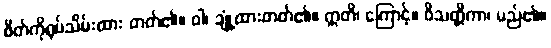
စိတ်ကိုရုပ်သိမ်းထား တတ်၏။ ဝါ၊ ချုံ့ထားတတ်၏။ ဣတိ၊ ကြောင့်။ ဝိသတ္တိကာ၊ မည်၏။